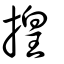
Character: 揘